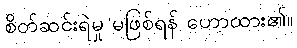
စိတ်ဆင်းရဲမှု မဖြစ်ရန် ဟောထား၏။